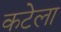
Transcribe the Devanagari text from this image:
कटेला